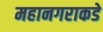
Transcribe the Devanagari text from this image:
महानगराकडे